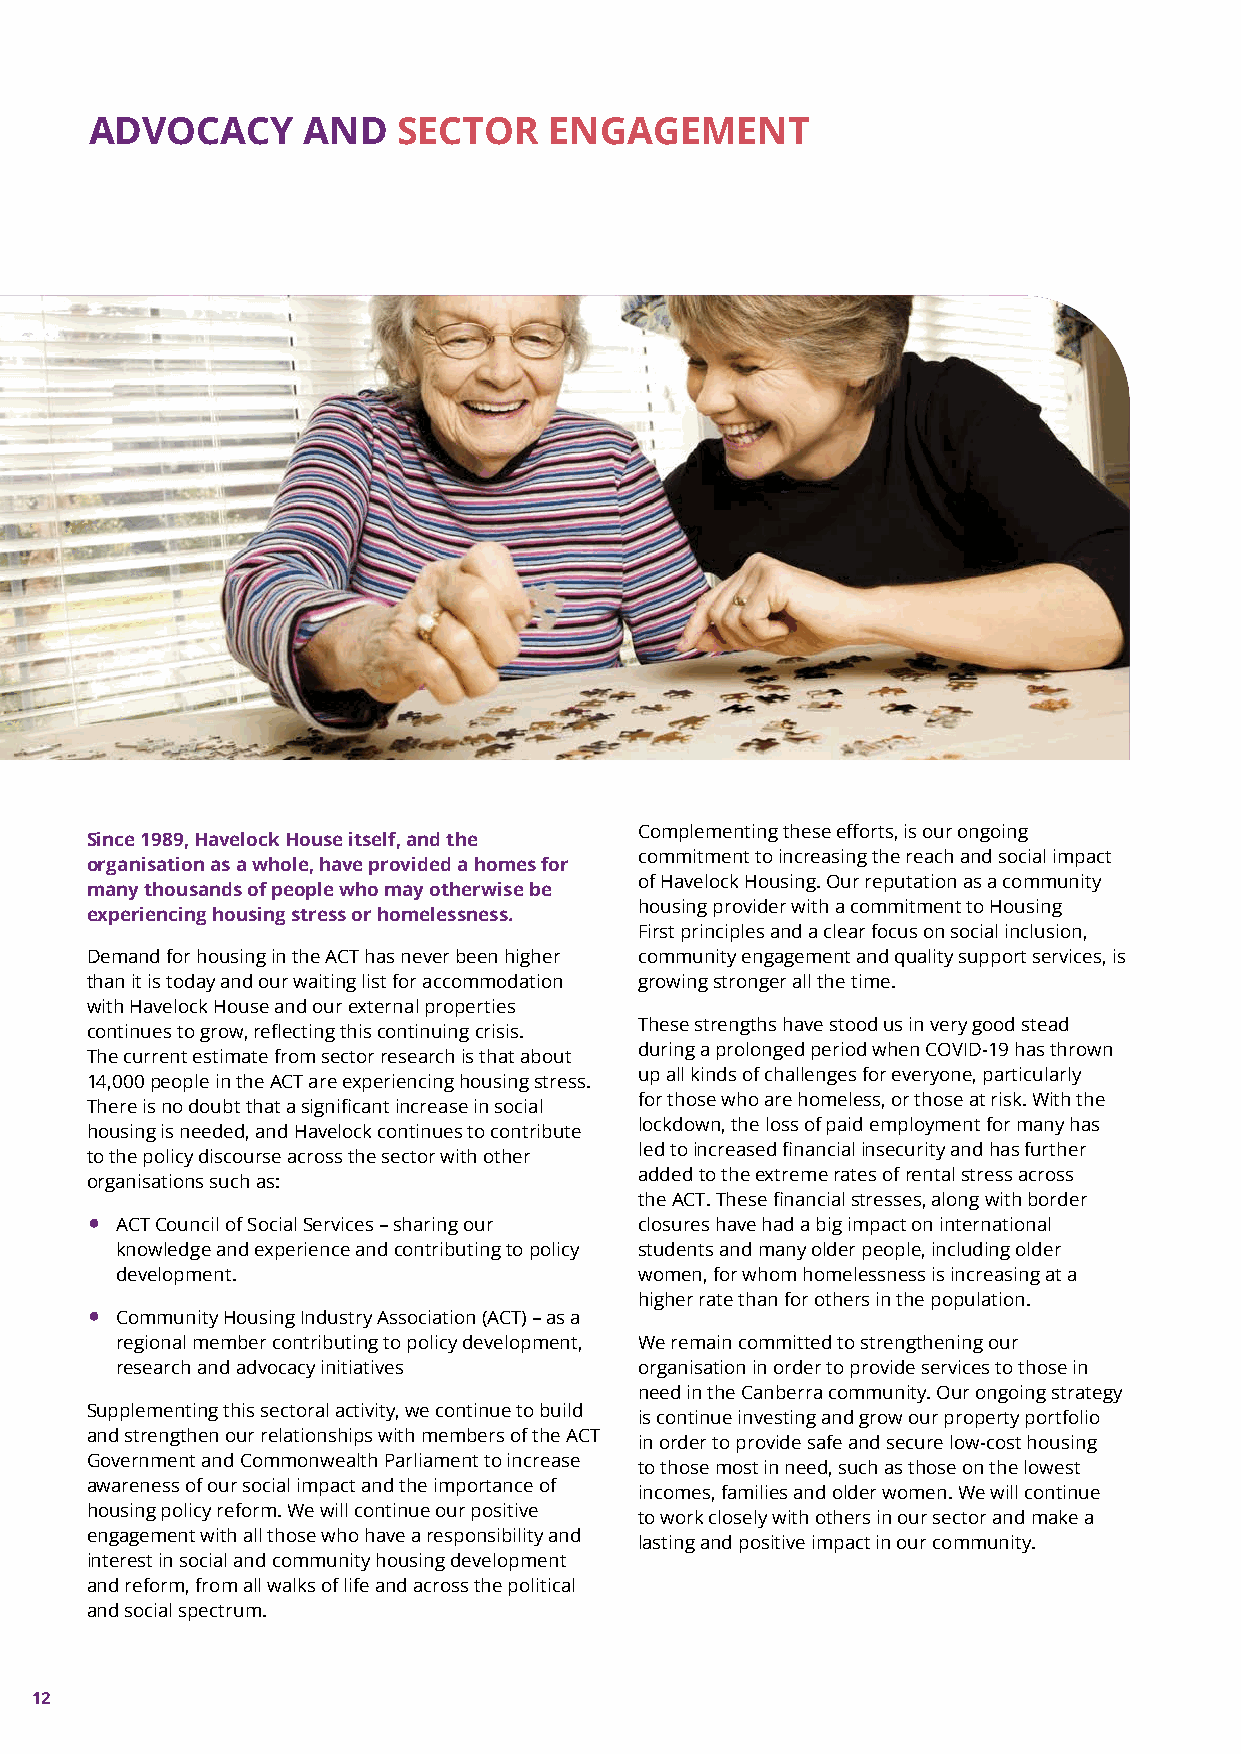
ADVOCACY      AND   SECTOR    ENGAGEMENT
 Complementing these efforts, is our ongoing
 Since 1989, Havelock House itself, and the
 commitment to increasing the reach and social impact
 organisation as a whole, have provided a homes for
 of Havelock Housing. Our reputation as a community
 many thousands of people who may otherwise be
 housing provider with a commitment to Housing
 experiencing housing stress or homelessness.
 First principles and a clear focus on social inclusion,
 Demand for housing in the ACT has never been higher community engagement and quality support services, is
 than it is today and our waiting list for accommodation growing stronger all the time.
 with Havelock House and our external properties
 These strengths have stood us in very good stead
 continues to grow, reflecting this continuing crisis.
 during a prolonged period when COVID-19 has thrown
 The current estimate from sector research is that about
 up all kinds of challenges for everyone, particularly
 14,000 people in the ACT are experiencing housing stress.
 for those who are homeless, or those at risk. With the
 There is no doubt that a significant increase in social
 lockdown, the loss of paid employment for many has
 housing is needed, and Havelock continues to contribute
 led to increased financial insecurity and has further
 to the policy discourse across the sector with other
 added to the extreme rates of rental stress across
 organisations such as:
 the ACT. These financial stresses, along with border
 •
 ACT Council of Social Services – sharing our closures have had a big impact on international
 knowledge and experience and contributing to policy students and many older people, including older
 development.                      women, for whom homelessness is increasing at a
 higher rate than for others in the population.
 •
 Community Housing Industry Association (ACT) – as a
 regional member contributing to policy development, We remain committed to strengthening our
 research and advocacy initiatives organisation in order to provide services to those in
 need in the Canberra community. Our ongoing strategy
 Supplementing this sectoral activity, we continue to build
 is continue investing and grow our property portfolio
 and strengthen our relationships with members of the ACT
 in order to provide safe and secure low-cost housing
 Government and Commonwealth Parliament to increase
 to those most in need, such as those on the lowest
 awareness of our social impact and the importance of
 incomes, families and older women. We will continue
 housing policy reform. We will continue our positive
 to work closely with others in our sector and make a
 engagement with all those who have a responsibility and
 lasting and positive impact in our community.
 interest in social and community housing development
 and reform, from all walks of life and across the political
 and social spectrum.
 12